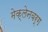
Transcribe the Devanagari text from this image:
मेक्लेनबर्ग